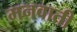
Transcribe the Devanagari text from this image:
मनवाती